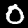
Digit: 0